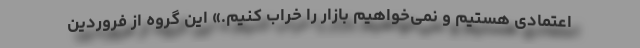
اعتمادی هستیم و نمی‌خواهیم بازار را خراب کنیم.» این گروه از فروردین